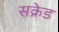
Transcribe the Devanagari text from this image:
सक्रेड